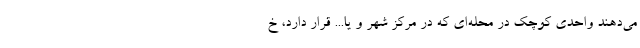
می‌دهند واحدی کوچک در محله‌ای که در مرکز شهر و یا... قرار دارد، خ